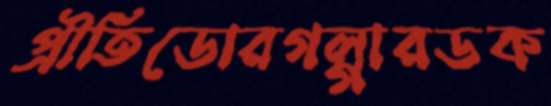
প্রীতিডোরগল্গারডক